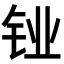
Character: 𬬼